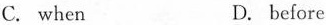
C. when D. before